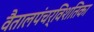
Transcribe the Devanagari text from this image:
वैतालपंचर्विशतिका